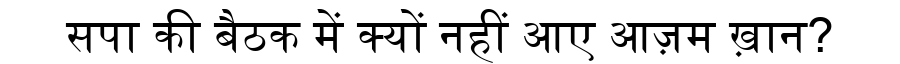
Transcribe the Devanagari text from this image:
सपा की बैठक में क्यों नहीं आए आज़म ख़ान?